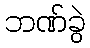
ဘဏ်ခွဲ